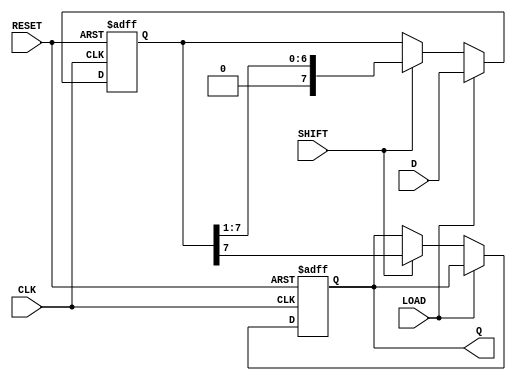
module PISO_Register #(
    parameter WIDTH = 8  // Width of the data input bus
)(
    input wire [WIDTH-1:0] D,     // Parallel input data
    input wire LOAD,               // Load control signal
    input wire SHIFT,              // Shift control signal
    input wire CLK,                // Clock signal
    input wire RESET,              // Asynchronous reset signal
    output reg Q                  // Serial output
);

    reg [WIDTH-1:0] shift_reg;     // Shift register array

    always @(posedge CLK or posedge RESET) begin
        if (RESET) begin
            shift_reg <= {WIDTH{1'b0}}; // Clear the shift register
            Q <= 1'b0;                  // Clear the output
        end else begin
            if (LOAD) begin
                shift_reg <= D;         // Load data into the shift register
            end else if (SHIFT) begin
                Q <= shift_reg[WIDTH-1]; // Output the MSB to Q
                shift_reg <= {1'b0, shift_reg[WIDTH-1:1]}; // Shift right
            end
        end
    end

endmodule